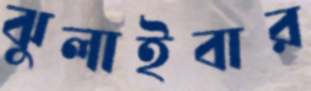
ঝুলাইবার